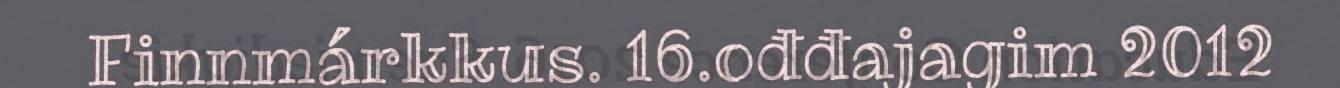
Finnmárkkus. 16.ođđajagim 2012